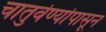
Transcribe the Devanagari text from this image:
चातुर्वर्ण्यापासून